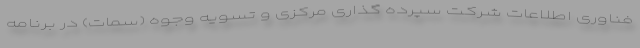
فناوری اطلاعات شرکت سپرده گذاری مرکزی و تسویه وجوه (سمات) در برنامه